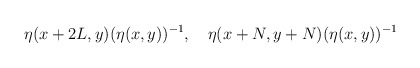
\begin{align*}\eta(x+2L,y)(\eta(x,y))^{-1},\quad\eta(x+N,y+N)(\eta(x,y))^{-1}\end{align*}